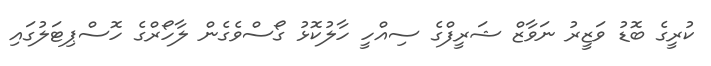
ކުރީގެ ބޮޑު ވަޒީރު ނަވާޒް ޝަރީފްގެ ސިއްހީ ހާލުކޮޅު ގޯސްވެގެން ލާހޯރްގެ ހޮސްޕިޓަލުގައި